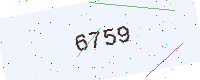
Text: 6759